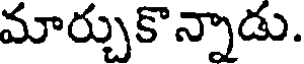
మార్చుకొన్నాడు.